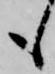
も